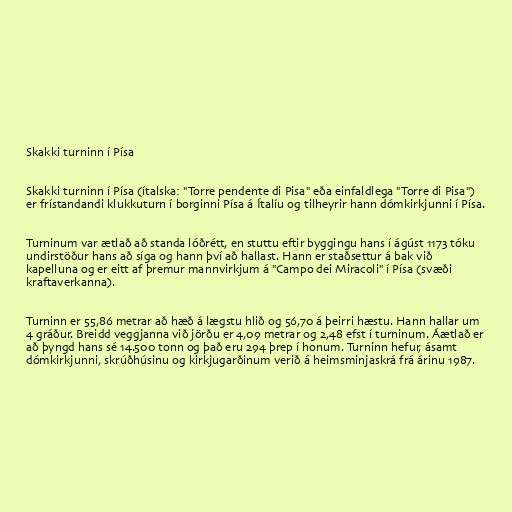
Skakki turninn í Písa

Skakki turninn í Písa (ítalska: "Torre pendente di Pisa" eða einfaldlega "Torre di Pisa")
er frístandandi klukkuturn í borginni Písa á Ítalíu og tilheyrir hann dómkirkjunni í Písa.

Turninum var ætlað að standa lóðrétt, en stuttu eftir byggingu hans í ágúst 1173 tóku
undirstöður hans að síga og hann því að hallast. Hann er staðsettur á bak við
kapelluna og er eitt af þremur mannvirkjum á "Campo dei Miracoli" í Písa (svæði
kraftaverkanna).

Turninn er 55,86 metrar að hæð á lægstu hlið og 56,70 á þeirri hæstu. Hann hallar um
4 gráður. Breidd veggjanna við jörðu er 4,09 metrar og 2,48 efst í turninum. Áætlað er
að þyngd hans sé 14.500 tonn og það eru 294 þrep í honum. Turninn hefur, ásamt
dómkirkjunni, skrúðhúsinu og kirkjugarðinum verið á heimsminjaskrá frá árinu 1987.